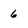
Character: 6